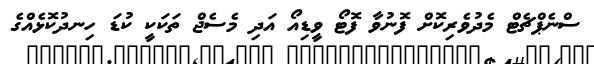
ސްނެޕްޗެޓް މެދުވެރިކޮށް ފޮނުވާ ފޮޓޯ ވީޑިއޯ އަދި މެސެޖް ތަަކަކީ ކުޑަ ހިނދުކޮޅެއްގެ